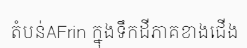
តំបន់AFrin ក្នុងទឹកដីភាគខាងជើង